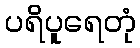
ပရိပူရေတုံ